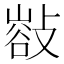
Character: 𢿁